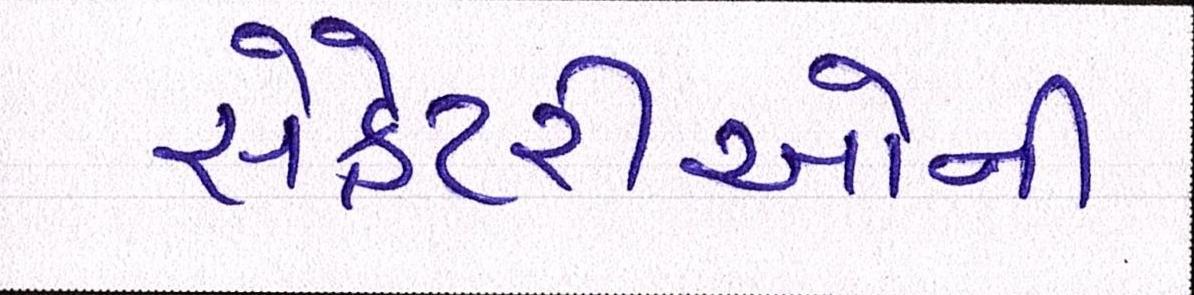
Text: સેક્રેટરીઓની